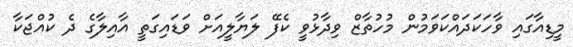
މީޑިއާގައި ވާހަކަދައްކަވަމުން މުހުތާޒް ވިދާޅުވީ ކެފޭ ލަޔާލީއަށް ވަޑައިގަތީ އާއިލާގެ ދެ ކުއްޖަކާ